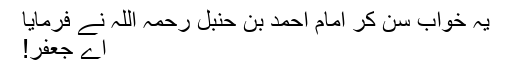
یہ خواب سن کر امام احمد بن حنبل رحمہ اللہ نے فرمایا
اے جعفر!